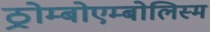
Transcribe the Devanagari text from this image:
ठ्रोम्बोएम्बोलिस्म